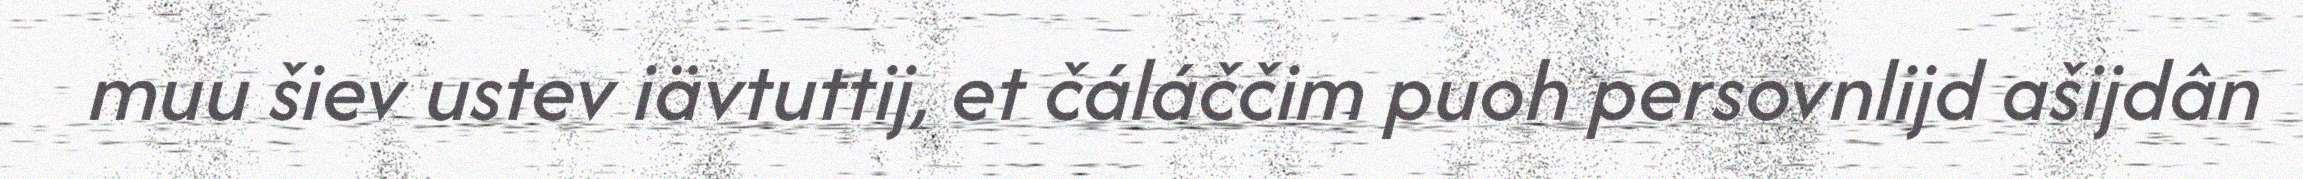
muu šiev ustev iävtuttij, et čáláččim puoh persovnlijd ašijdân